Vaccination United Provinces of Agra and Oudh 1902-1913 - 1902-1913
Year: 1902
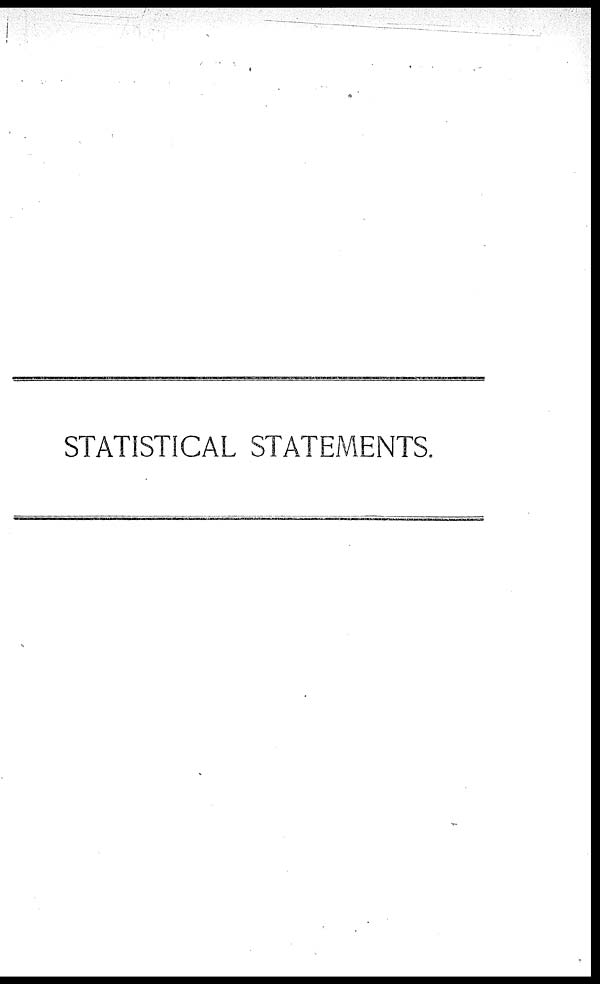
STATISTICAL STATEMENTS.